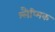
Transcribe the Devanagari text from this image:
श्‍लैष्‍मिक